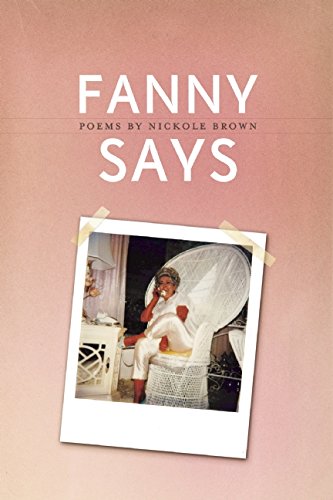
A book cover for Fanny Says (American Poets Continuum); Nickole Brown; Parenting & Relationships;